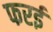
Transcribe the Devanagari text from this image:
फरई